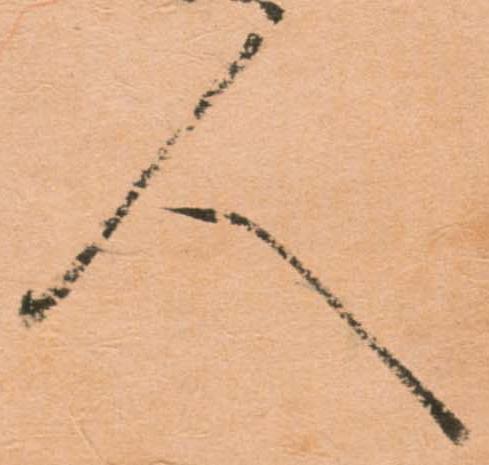
人